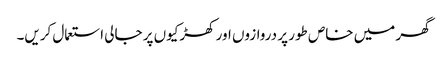
گھر میں خاص طور پر دروازوں اور کھڑکیوں پر جالی استعمال کریں۔